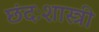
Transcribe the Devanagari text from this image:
छंदःशास्त्री